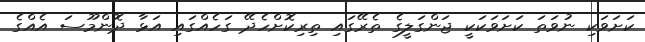
ކަށަވަކި ނުވަތަ ކަށަވަކަކީ ޖަންގަލީގެ ތެރޭގައި ތިރިކޮށްހެދޭ ގަހެއްގައި އަޅާ ދޮންމޫސަ އެއްގެ